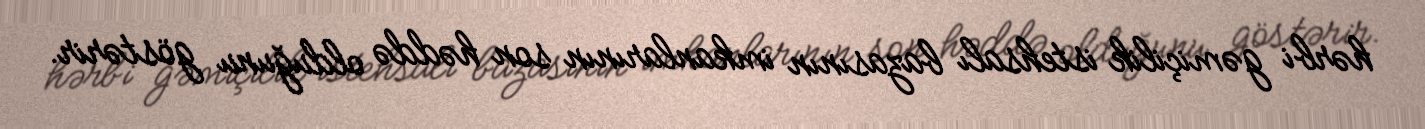
hərbi gəmiçilik istehsalı bazasının imkanlarının son həddə olduğunu göstərir.